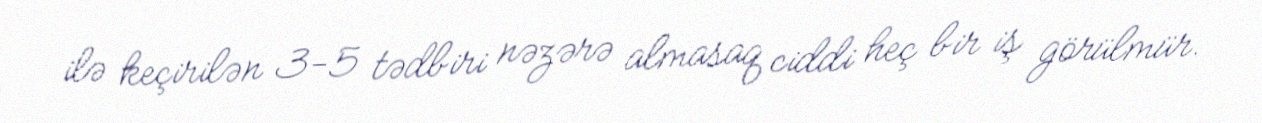
ilə keçirilən 3-5 tədbiri nəzərə almasaq ciddi heç bir iş görülmür.